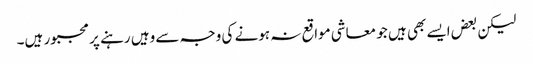
لیکن بعض ایسے بھی ہیں جو معاشی مواقع نہ ہونے کی وجہ سے وہیں رہنے پر مجبور ہیں۔